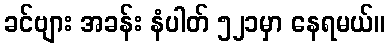
ခင်ဗျား အခန်း နံပါတ် ၅၂၁မှာ နေရမယ်။